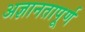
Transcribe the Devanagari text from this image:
अज्ञानतापूर्ण